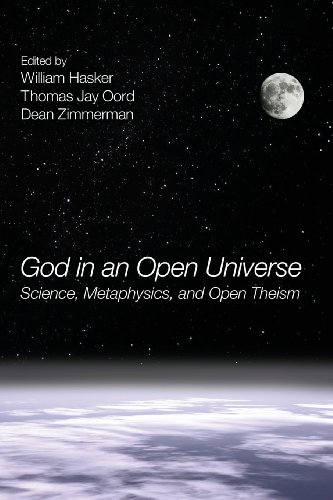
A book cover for God in an Open Universe: Science, Metaphysics, and Open Theism; Religion & Spirituality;